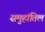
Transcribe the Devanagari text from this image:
समुहांतिल